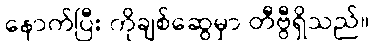
နောက်ပြီး ကိုချစ်ဆွေမှာ တီဗွီရှိသည်။